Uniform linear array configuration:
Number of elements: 24
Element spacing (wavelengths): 1
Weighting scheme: kaiser
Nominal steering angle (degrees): -60
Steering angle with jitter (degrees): -58.78
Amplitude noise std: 0.05
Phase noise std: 0.05

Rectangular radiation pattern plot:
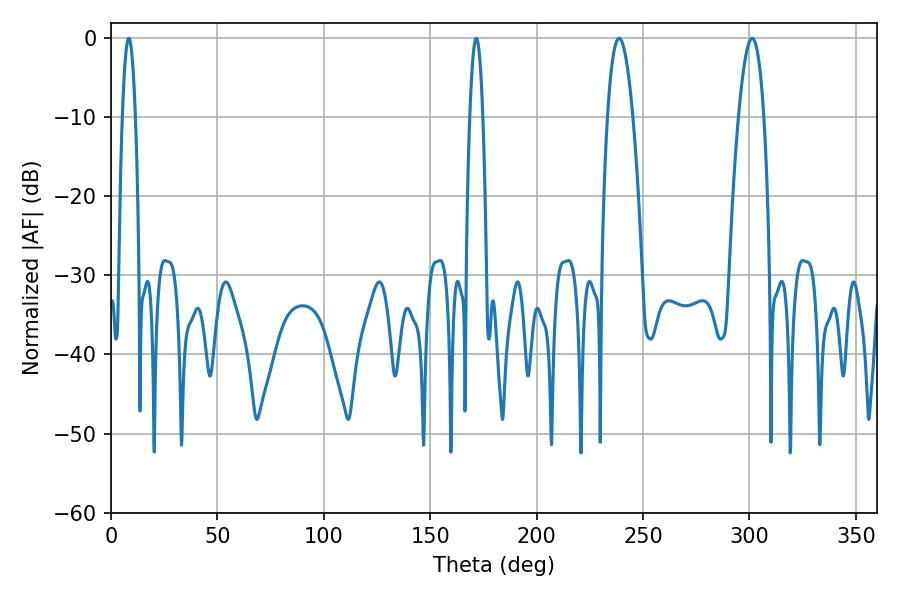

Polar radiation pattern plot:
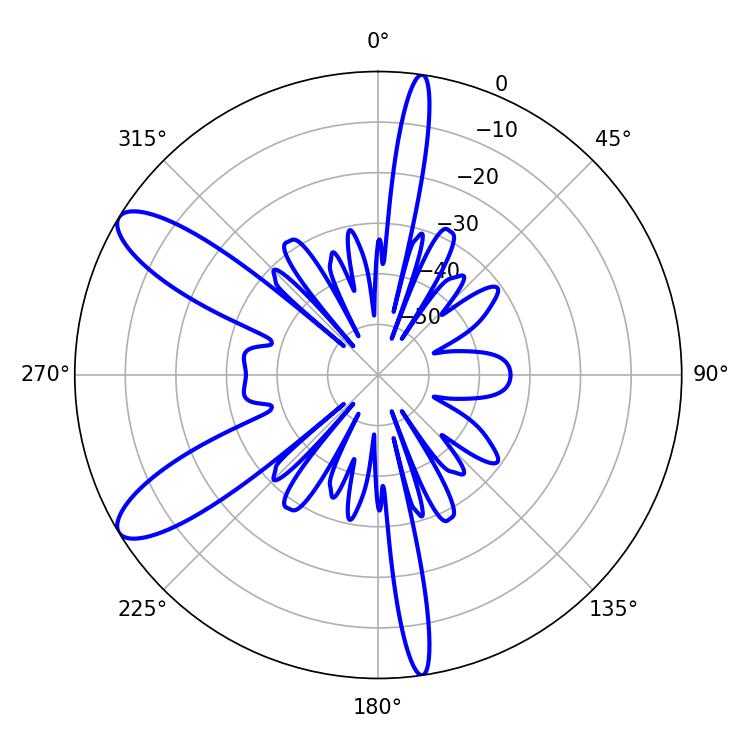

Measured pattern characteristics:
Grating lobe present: TRUE
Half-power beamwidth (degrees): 6.48
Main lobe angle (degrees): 238.68